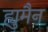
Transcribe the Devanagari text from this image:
ह्युमैन